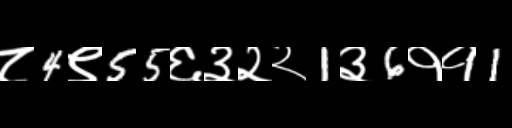
Text: ८4९55६३२२1३6११1